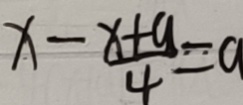
x - \frac { x + 9 } { 4 } = a